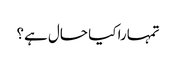
تمہارا کیا حال ہے؟